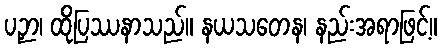
ပဉှာ၊ ထိုပြဿနာသည်။ နယသတေန၊ နည်းအရာဖြင့်။